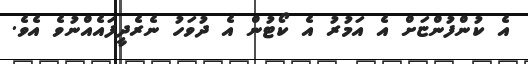
އެ ކުންފުންޏަށް އެ އަމުރު އެ ކޯޓުން އެ ދުވަހު ނެރެދީފައެއްނުވެ އެވެ.